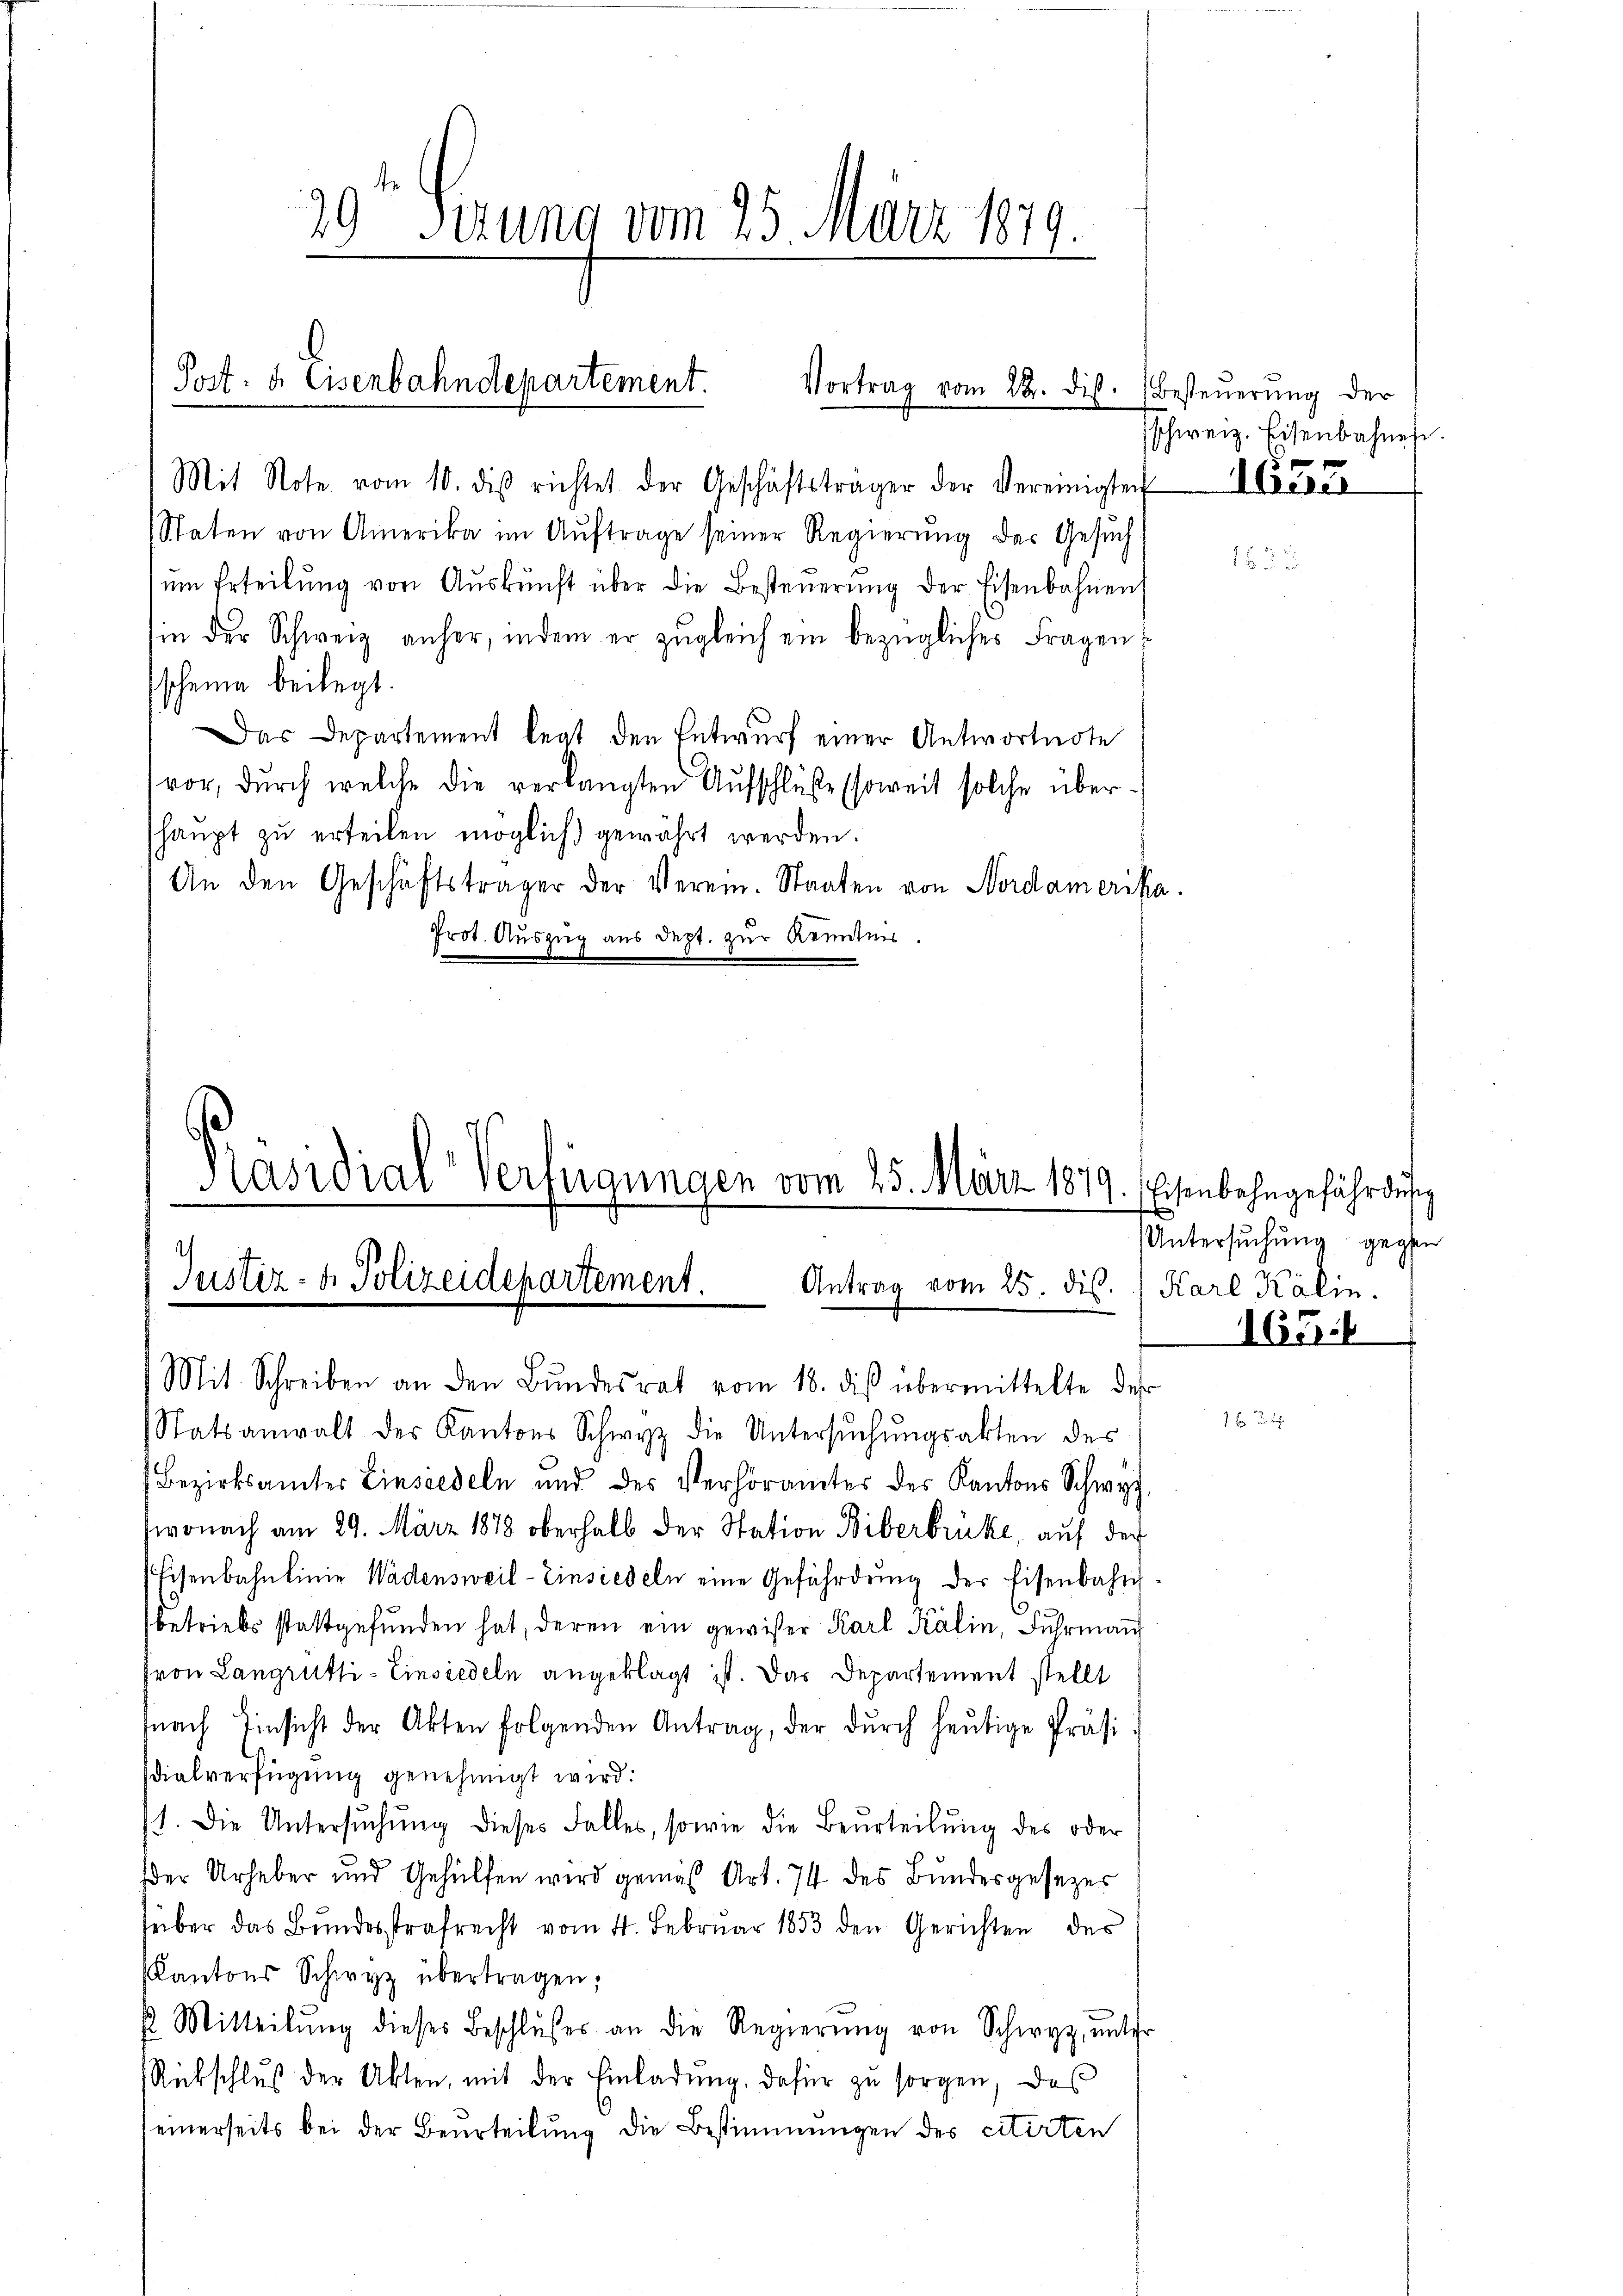
29t Serung vom 25. März 1879.
Post: a. Eisenbahndepartement.
Vortrag vom 22. dis.

Mit Note vom 10. des richtet der Geschäftsträger der Vereinigten Irener
Staten von Amerika im Aŭftrage seiner Regierŭng des Gesŭch
ŭm Erteilŭng von Aŭskŭnft über die Besteŭerŭng der Eisenbahnens
in der Schweig anher, indem er zŭgleich ein bezügliches Fragen
scheine beilegt.
Das Departement legt den Entwurf einer Antwortnote
vor, durch welche die verlangten Aufschlüße (soweit solche übershaupt zu erteilen möglich) gewährt werden.
An den Geschäftsträger der Verein. Staaten von Nordamerika.
Prot. Auszug aus dept. zur Kenntnis

räsidial-Verfügungen vom 25. März 1879. Eisenbahngefährdung
e

.
Justiz- & Polizeidepartement Antrag vom 25. dis.  Karl Kälin.

Mit Schreiben an den Bundesrat vom 18. diß übermittelte des
Statsanwalt des Kantons Schwyz die Untersuchungsakten des
Bezirksamter Einsiedeln und des Verhöramtes des Kantons Schwyz,
wonach am 29. März 1878 oberhalb der Station Biberbrücke, auf der
Eisenbahnlinie Wädensweil–Einsiedeln eine Gefährdung der Eisenbahn
betriebs stattgefŭnden hat, deren ein gewisser Karl Kälin, Fuhrmaṅ
fron Langrütli- Einsiedeln angeklagt ist. Das Departement stellt
nach Einsicht der Akten folgenden Antrag, der dŭrch heŭtige Präsi
sdialverfügung genehmigt wird:
st. Die Untersŭchŭng dieses Falles, sowie die Beurteilŭng des oder
der Urheber und Gehülfen wird gemäß Art. 74 des Bundesgesezes
seiber das Bundesstrafrecht vom 4. Februar 1853 den Gerichten des
Kantons Schwyz übertragen;
 Mitteilŭng dieses Beschlŭsses an die Regierŭng von Schwyz, ŭnter
Rückschlŭβ der Akten, mit der Einladŭng, dafür zŭ sorgen, daß
einerseits bei der Beurteilung die Bestimmungen des citirten

Besteuerung der
sschweiz. Eisenbahnen.

Untersuchung gegen

165